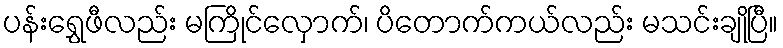
ပန်းရွှေဖီလည်း မကြိုင်လှောက်၊ ပိတောက်ကယ်လည်း မသင်းချိုပြီ။